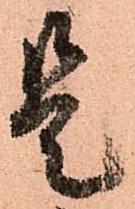
是